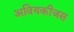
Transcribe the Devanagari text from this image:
अवियकीजस